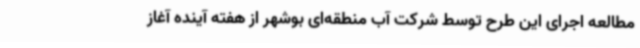
مطالعه اجرای این طرح توسط شرکت آب منطقه‌ای بوشهر از هفته آینده آغاز